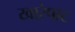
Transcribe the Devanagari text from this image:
खारेपाट